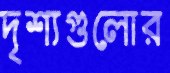
দৃশ্যগুলোর